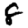
Digit: 8